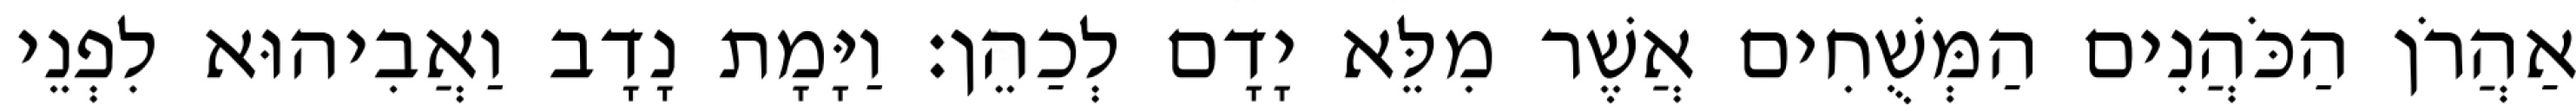
אַהֲרֹן הַכֹּהֲנִים הַמְּשֻׁחִים אֲשֶׁר מִלֵּא יָדָם לְכַהֵן׃ וַיָּמָת נָדָב וַאֲבִיהוּא לִפְנֵי